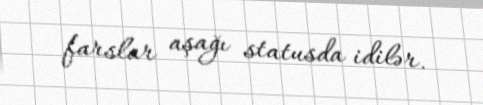
farslar aşağı statusda idilər.